Annual report on the working of the Harcourt Butler Institute of Public Health, Rangoon
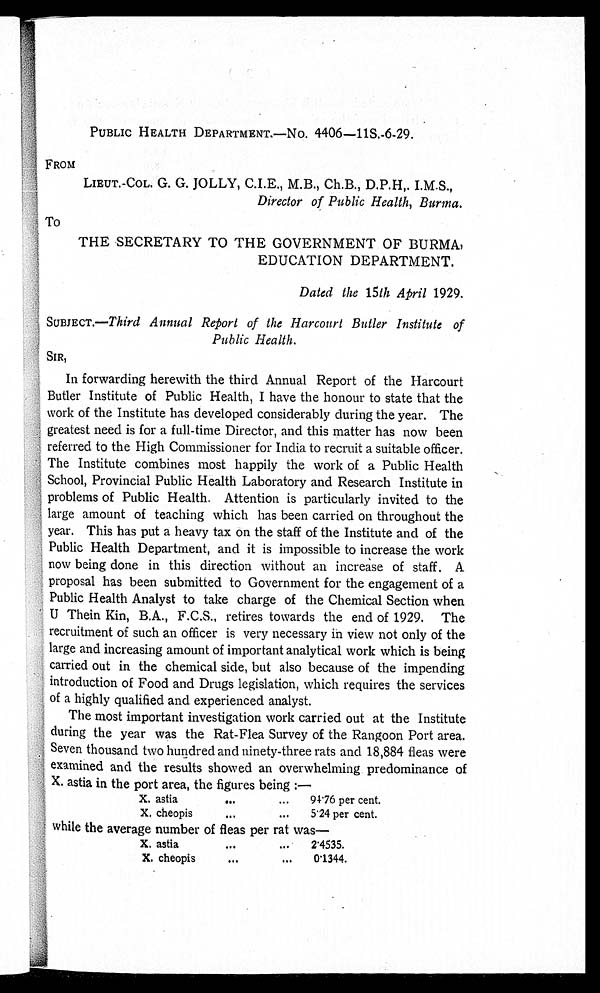
4
PUBLIC HEALTH DEPARTMENTS—NO. 4406-11S.-6-29.
FROM
LIEUT.-COL. G. G. JOLLY, CIE., M.B., Ch.B., D.P.H,. I.M.S.,
Director of Public Health, Burma.
To
THE SECRETARY TO THE GOVERNMENT OF BURMA,
EDUCATION DEPARTMENT.
Dated the 15th April 1929.
SUBJECT.—Third Annual Report of the Harcourt Butler Institute of
Public Health.
SIR,
In forwarding herewith the third Annual Report of the Harcourt
Butler Institute of Public Health, I have the honour to state that the
work of the Institute has developed considerably during the year. The
greatest need is for a full-time Director, and this matter has now been
referred to the High Commissioner for India to recruit a suitable officer.
The Institute combines most happily the work of a Public Health
School, Provincial Public Health Laboratory and Research Institute in
problems of Public Health. Attention is particularly invited to the
large amount of teaching which has been carried on throughout the
year. This has put a heavy tax on the staff of the Institute and of the
Public Health Department, and it is impossible to increase the work
now being done in this direction without an increase of staff. A
proposal has been submitted to Government for the engagement of a
Public Health Analyst to take charge of the Chemical Section when
U Thein Kin, B.A., F.C.S., retires towards the end of 1929. The
recruitment of such an officer is very necessary in view not only of the
large and increasing amount of important analytical work which is being
carried out in the chemical side, but also because of the impending
introduction of Food and Drugs legislation, which requires the services
of a highly qualified and experienced analyst.
The most important investigation work carried out at the Institute
during the year was the Rat-Flea Survey of the Rangoon Port area.
Seven thousand two hundred and ninety-three rats and 18,884 fleas were
examined and the results showed an overwhelming predominance of
X. astia in the port area, the figures being :—
X. astia.
94'76 per cent.
X. cheopis... 5'24 per cent.
while the average number of fleas per rat was—
X. astia
2'4535.
X. cheopis
..... 0' 1344.